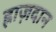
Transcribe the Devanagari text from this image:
ह्राज़दान